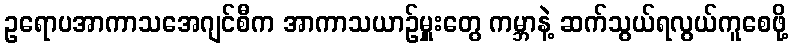
ဥရောပအာကာသအေဂျင်စီက အာကာသယာဉ်မှူးတွေ ကမ္ဘာနဲ့ ဆက်သွယ်ရလွယ်ကူစေဖို့